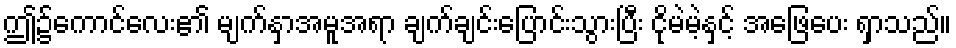
ဤ၌ကောင်လေး၏ မျက်နှာအမူအရာ ချက်ချင်းပြောင်းသွားပြီး ငိုမဲမဲ့နှင့် အဖြေပေး ရှာသည်။